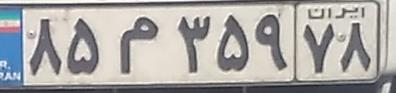
۸۵م۳۵۹۷۸